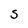
Character: S